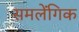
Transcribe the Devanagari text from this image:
समलेंगिक